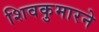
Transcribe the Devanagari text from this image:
शिवकुमारने